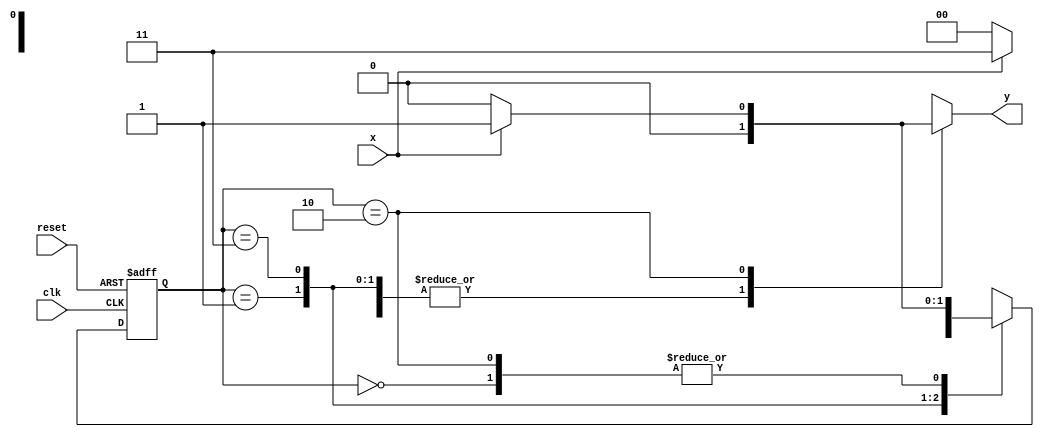
// --Nome: Milton costa teles da silva
// --Matricula: 002751 
// --- Mealy FSM 
// -------------- 
/*

						Mealy FSM Diagram
					 _______________________
					/								\
			1		v		1				0	   1| //found
[start] ---> [id1] ---> [id11] ---> [id110]
  ^ \0			0|			 1/  ^			0| //not found
  \_/				 /			  \__/			 |
   \___________/								 /
	 \												/
	  \________________________________/
*/

//constant definitions
`define found 1
`define notfound 0

// FSM by Mealy
module mealy1101(y,x,clk,reset);
  output y; 
  input x;
  input clk;
  input reset;
  reg y;

parameter	//state identifiers
	start = 2'b00,
	id1 = 2'b01,
	id11 = 2'b11,
	id110 = 2'b10;

reg[1:0]E1; //current state variabels
reg[1:0]E2; //next state logic output

//next state logic
always @(x or E1)
	begin
		y = `notfound;
		case(E1)
			start:
				if(x)
					E2 = id1;
				else
					E2 = start;
			   id1:
				if(x)
					E2 = id11;
				else
					E2 = start;
		   	id11:
				if(x)
					E2 = id11;
				else
					E2 = id110;
			   id110:
				if(x)
					begin
						E2 = id1;
						y = `found;
					end
				else
					begin
						E2 = start;
						y = `notfound;
					end
			default: //undfined state
				E2 = 2'bxx;
		endcase
	end //always at signal or state changing
	
//state variables
	always @ ( posedge clk or negedge reset)
		begin
			if(reset)
				E1 = E2; //updates current state
			else
				E1 = 0; //reset
		end //always at signal changing

endmodule //mealy1101